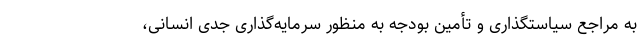
به مراجع سیاستگذاری و تأمین بودجه به منظور سرمایه‌گذاری جدی انسانی،